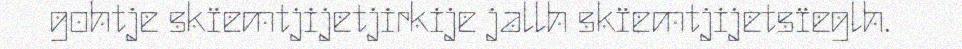
gohtje skïemtjijetjirkije jallh skïemtjijetsïeglh.